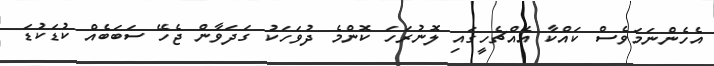
އެހެންނަމަވެސް ކައްކާ އެއްޗެހީގައި ލޮނުރަހަ ކޮންމެ ދުވަހަކު ގަދަވާން ޖެހޭ ސަބަބެއް ކުޑަކުޑަ